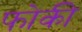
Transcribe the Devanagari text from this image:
फोकी